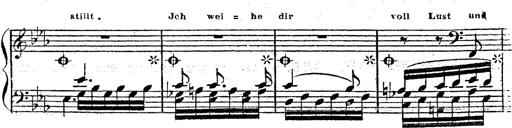
Title: 12 Lieder von Franz Schubert
Composer: Franz Liszt